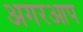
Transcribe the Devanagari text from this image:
अगरआप